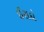
ઈરાદો